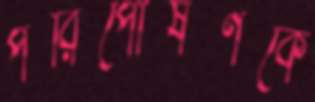
পরিপোষণকে